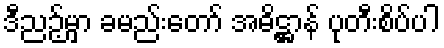
ဒီညဉ့်မှာ ခမည်းတော် အဓိဋ္ဌာန် ပုတီးစိပ်ပါ